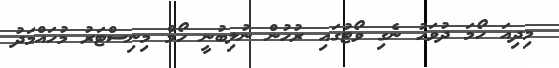
މިދިއަ ހޯމަ ދުވަހު ނެގި ވޯޓުގައި ރުހުން ނުލިބުނީ ހޯމް މިނިސްޓަރު މުހައްމަދު